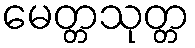
မေတ္တသုတ္တ